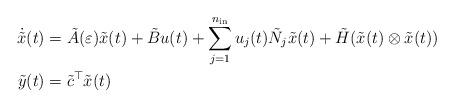
LaTeX: \begin{align*} \dot{\tilde{x}}(t) & = \tilde{A}(\varepsilon) \tilde{x}(t) + \tilde{B} u(t) + \displaystyle \sum_{j=1}^{n_{\rm in}} u_j(t) \tilde{N}_j \tilde{x}(t) + \tilde{H} ( \tilde{x}(t) \otimes \tilde{x}(t) ) \\ \tilde{y}(t) & = \tilde{c}^\top \tilde{x}(t) \end{align*}